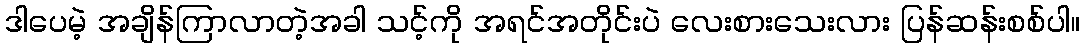
ဒါပေမဲ့ အချိန်ကြာလာတဲ့အခါ သင့်ကို အရင်အတိုင်းပဲ လေးစားသေးလား ပြန်ဆန်းစစ်ပါ။